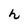
Character: h